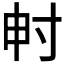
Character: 𡬤